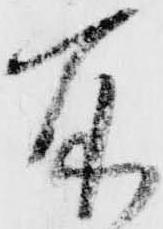
所